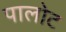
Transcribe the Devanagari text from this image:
पालोट